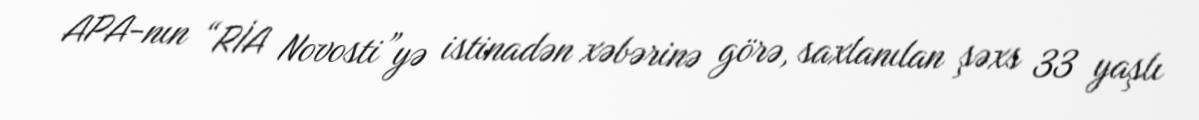
APA-nın “RİA Novosti”yə istinadən xəbərinə görə, saxlanılan şəxs 33 yaşlı